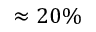
\approx 2 0 \%